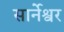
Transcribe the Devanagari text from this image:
सार्नेश्वर